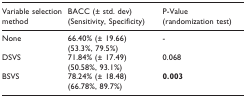
| Variable selection method | BACC (± std. dev)(Sensitivity, Specificity) | P-Value(randomization test) |
 | --- | --- | --- |
 | None | 66.40% (± 19.66)(53.3%, 79.5%) | - |
 | DSVS | 71.84% (± 17.49)(50.58%, 93.1%) | 0.068 |
 | BSVS | 78.24% (± 18.48)(66.78%, 89.7%) | 0.003 |